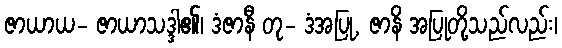
ဇာယာယ- ဇာယာသဒ္ဒါ၏၊ ဒံဇာနီ တု- ဒံအပြု, ဇာနိ အပြုတို့သည်လည်း၊